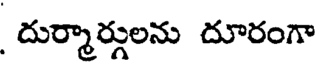
దుర్మార్గులను దూరంగా